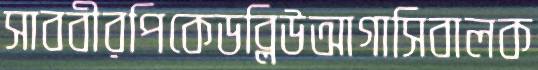
সাববীরপিকেডব্লিউআগাসিবালক